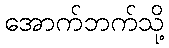
အောက်ဘက်သို့